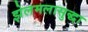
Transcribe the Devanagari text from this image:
झेलमलासुद्धा